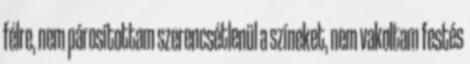
félre, nem párosítottam szerencsétlenül a színeket, nem vakoltam festés